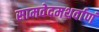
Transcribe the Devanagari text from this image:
सामवेदमथर्वाणं